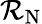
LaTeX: \mathcal{R}_{\mathrm{{N}}}